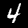
Digit: 4